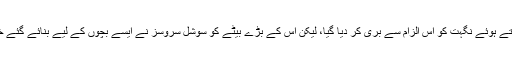
بعد میں حالات و واقعات کو دیکھتے ہوئے نگہت کو اس الزام سے بری کر دیا گیا، لیکن اس کے بڑے بیٹے کو سوشل سروسز نے ایسے بچوں کے لیے بنائے گئے خصوصی مرکز میں منتقل کر دیا۔